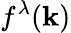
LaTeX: f^{\lambda}(\mathbf{k})